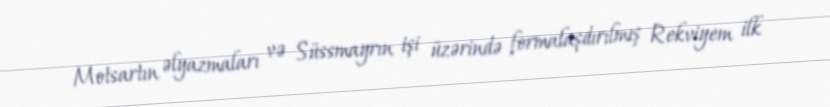
Motsartın əlyazmaları və Süssmayrın işi üzərində formalaşdırılmış Rekviyem ilk